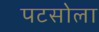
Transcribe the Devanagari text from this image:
पटसोला